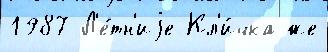
1987 Л'е́тн'иjе Кл'и́чка же